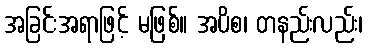
အခြင်းအရာဖြင့် မဖြစ်။ အပိစ၊ တနည်းလည်း၊